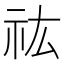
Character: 𮁟